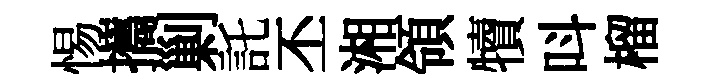
惕攜剿託丕湘領犢呌榴